Indian journal of veterinary science and animal husbandry - Volumes 26-27, 1956-1957
Year: 1956
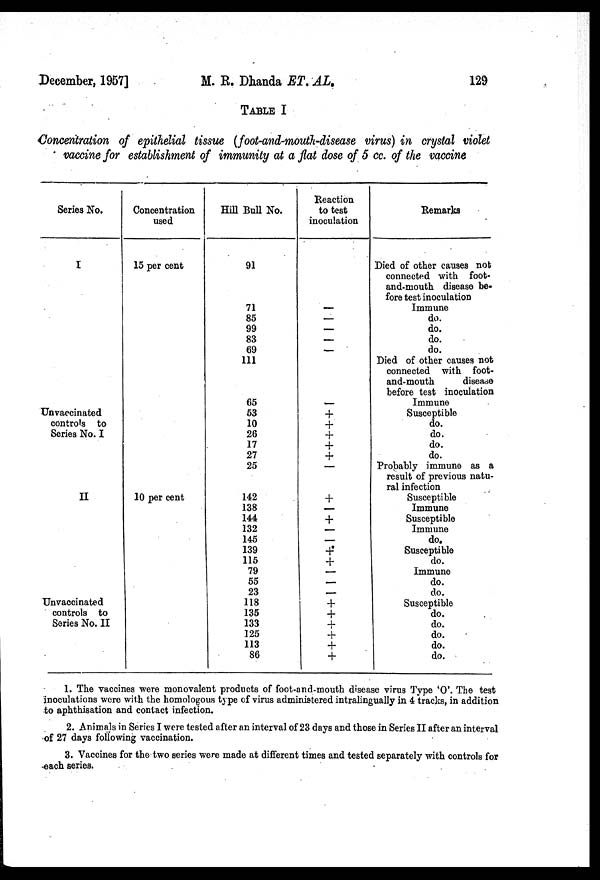
December, 1957]
M. R. Dhanda ET. AL.
129
TABLE I
Concentration of epithelial tissue (foot-and-mouth-disease virus) in crystal violet
vaccine for establishment of immunity at a flat dose of 5 cc. of the vaccine
Series No.
I
Unvaccinated
controls to
Series No. I
II
Unvaccinated
controls to
Series No. II
Concentration
used
15 per cent
10 per cent
Hill Bull No.
91
71
85
99
83
69
111
65
53
10
26
17
27
25
142
138
144
132
145
139
115
79
55
23
118
135
133
125
113
86
Reaction
to test
inoculation
—
—
—
—
—
—
+
+
+
+
+
—
+
—
+
—
—
+
+
—
—
—
+
+
+
+
+
+
Remarks
Died of other causes not
connected with foot-
and-mouth disease be-
fore test inoculation
Immune
do.
do.
do.
do.
Died of other causes not
connected with foot-
and-mouth
disease
before test inoculation
Immune
Susceptible
do.
do.
do.
do.
Probably immune as a
result of previous natu-
ral infection
Susceptible
Immune
Susceptible
Immune
do.
Susceptible
do.
Immune
do.
do.
Susceptible
do.
do.
do.
do.
do.
1. The vaccines were monovalent products of foot-and-mouth disease virus Type 'O'. The test
inoculations were with the homologous type of virus administered intralingually in 4 tracks, in addition
to aphthisation and contact infection.
2. Animals in Series I were tested after an interval of 23 days and those in Series II after an interval
of 27 days following vaccination.
3. Vaccines for the two series were made at different times and tested separately with controls for
each series.